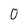
Character: 0